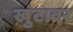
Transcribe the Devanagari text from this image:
खुंटावर